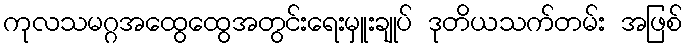
ကုလသမဂ္ဂအထွေထွေအတွင်းရေးမှူးချုပ် ဒုတိယသက်တမ်း အဖြစ်